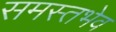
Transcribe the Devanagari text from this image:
समस्तभेव